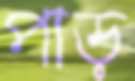
পাড়